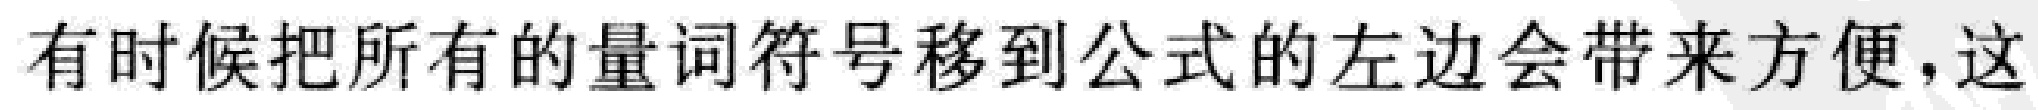
有时候把所有的量词符号移到公式的左边会带来方便，这